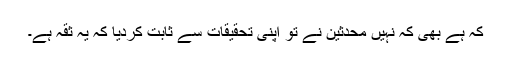
کہ ہے بھی کہ نہیں محدثین نے تو اپنی تحقیقات سے ثابت کردیا کہ یہ ثقہ ہے۔